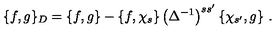
\{ f , g \} _ { D } = \{ f , g \} - \{ f , \chi _ { s } \} \left( \Delta ^ { - 1 } \right) ^ { s s ^ { \prime } } \{ \chi _ { s ^ { \prime } } , g \} \ .